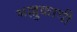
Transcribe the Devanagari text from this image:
भल्लुकाची